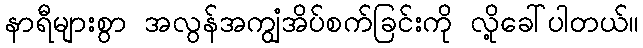
နာရီများစွာ အလွန်အကျွံအိပ်စက်ခြင်းကို လို့ခေါ်ပါတယ်။